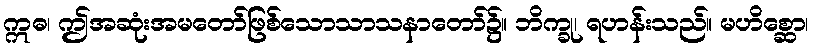
ဣဓ၊ ဤအဆုံးအမတော်ဖြစ်သောသာသနာတော်၌။ ဘိက္ခု၊ ရဟန်းသည်။ မဟိစ္ဆော၊